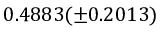
0 . 4 8 8 3 ( \pm 0 . 2 0 1 3 )